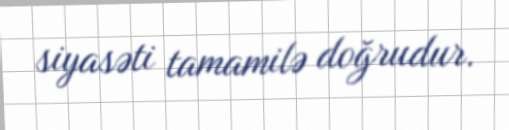
siyasəti tamamilə doğrudur.